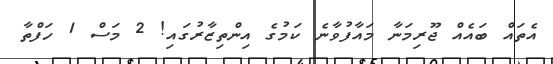
އެތައް ބައެއް ޖޫރިމަނާ މައާފުވާނެ ކަމުގެ އިންތިޒާރުގައި! 2 މަސް 1 ހަފްތާ